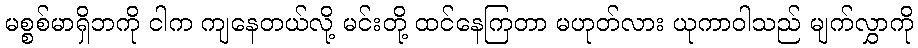
မစ္စစ်မာရှိဘကို ငါက ကျနေတယ်လို့ မင်းတို့ ထင်နေကြတာ မဟုတ်လား ယုကာဝါသည် မျက်လွှာကို